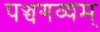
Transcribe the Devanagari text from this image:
पञ्चगव्यम्